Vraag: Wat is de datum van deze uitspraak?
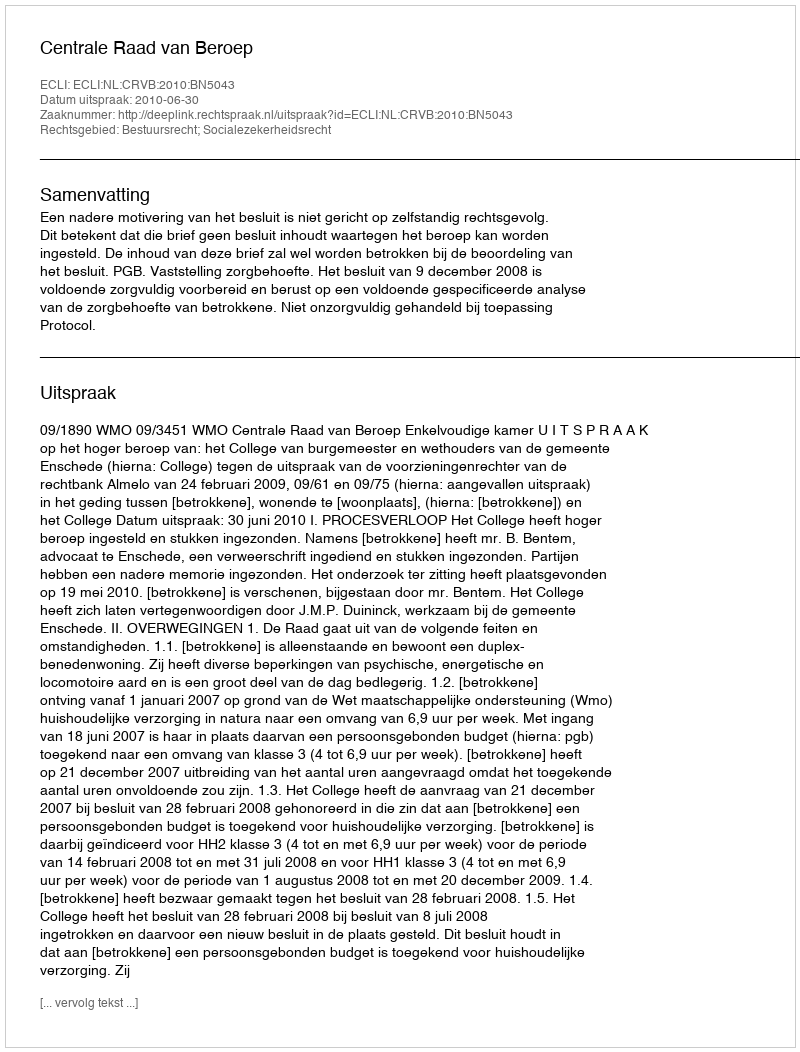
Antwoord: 2010-06-30